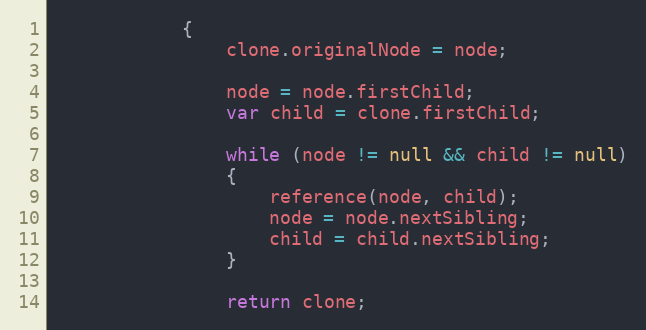
Language: JavaScript
			{
				clone.originalNode = node;

				node = node.firstChild;
				var child = clone.firstChild;

				while (node != null && child != null)
				{
					reference(node, child);
					node = node.nextSibling;
					child = child.nextSibling;
				}

				return clone;